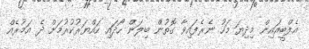
އެފްބީއައިން މިދިޔަ މަހު ނެރެފައިވާ ގޮތުން ބިލަން ހޯދައި ހައްޔަރުކުރުމަށް ދެ އަމުރެއް